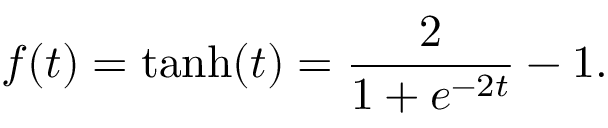
f \! \left( t \right) = \operatorname { t a n h } ( t ) = \frac { 2 } { 1 + e ^ { - 2 t } } - 1 .